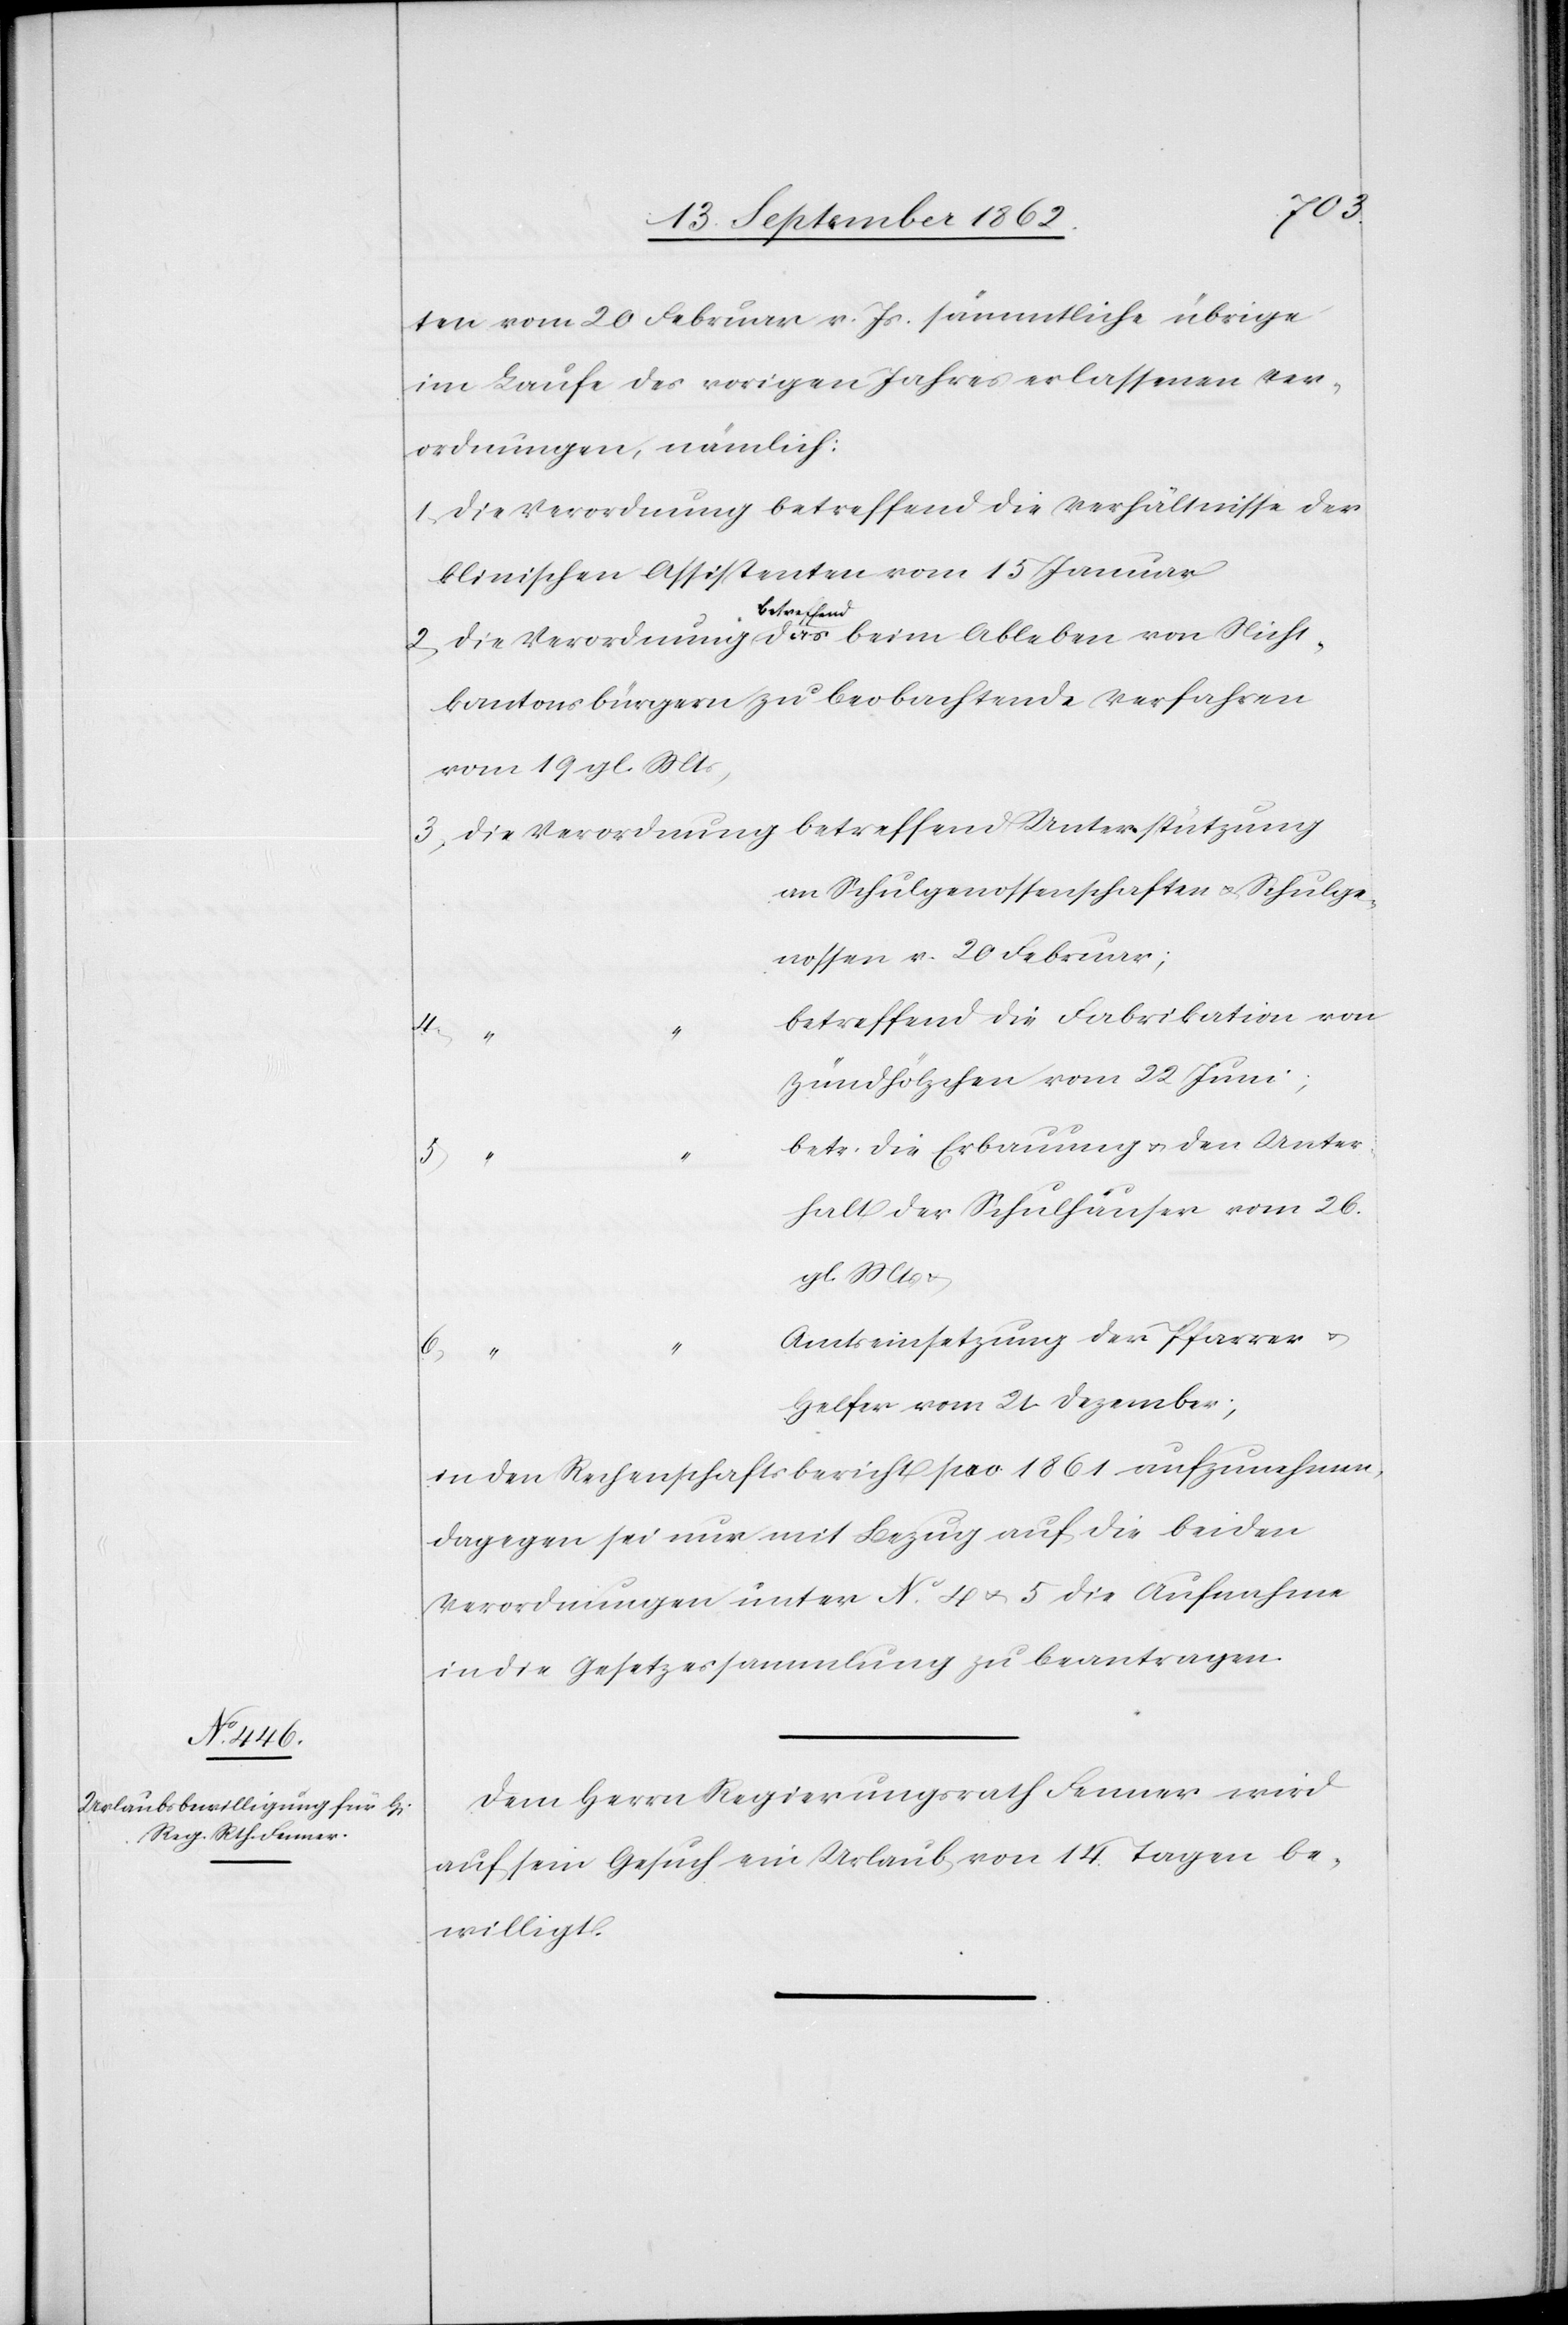
Nicht¬
ten vom 20. Februar v. Js. sämmtliche übrige
im Laufe des vorigen Jahres erlassenen Ver¬
ordnungen, nämlich:
1. die Verordnung betreffend die Verhältnisse der
klinischen Assistenten vom 15. Januar
betreffend
kantonsbürgern zu beobachtende Verfahren
vom 19. gl. Mts
2. die Verordnung betreffend das beim Ableben von
an Schulgenossenschaften u. Schulge¬
nossen v. 20. Februar;
betreffend die Fabrikation von
Zündhölzchen vom 22. Juni;
betr., die Erbauung u. den Unter¬
5.
halt der Schulhäuser vom 26.
gl. Mts u.
Amtseinsetzung der Pfarrer u.
6.
Helfer vom 21. Dezember;
in den Rechenschaftsbericht pro 1861 aufzunehmen,
dagegen sei nur mit Bezug auf die beiden
Verordnungen unter No 4 u. 5 die Aufnahme
in die Gesetzessammlung zu beantragen.
Dem Herrn Regierungsrath Fenner wird
auf sein Gesuch ein Urlaub von 14. Tagen be¬
willigt.